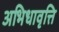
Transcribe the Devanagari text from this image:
अभिधावृत्ति